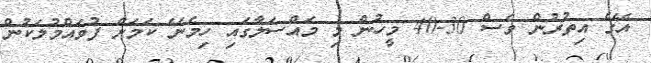
އޭގެ އިތުރުން ވެސް 30-40 މީހުން މި މައްސަލާގައި ހިމެނޭ ކަމަށް ފުވައްމުލަކުން